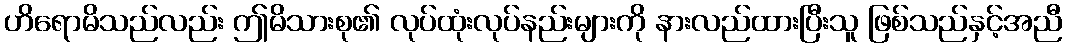
ဟိရောမိသည်လည်း ဤမိသားစု၏ လုပ်ထုံးလုပ်နည်းများကို နားလည်ထားပြီးသူ ဖြစ်သည်နှင့်အညီ